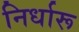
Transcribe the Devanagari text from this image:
निर्धारू